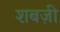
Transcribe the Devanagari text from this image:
शबज़ी